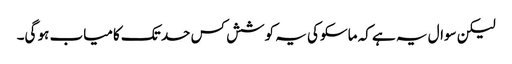
لیکن سوال یہ ہے کہ ماسکو کی یہ کوشش کس حد تک کامیاب ہو گی۔